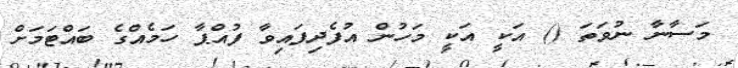
މަސާނާ ނުވަތަ () އަކީ އަކީ މަހުން އުފެދިފައިވާ ފުއްޕާ ހަމެއްގެ ބައްޓަމަށް